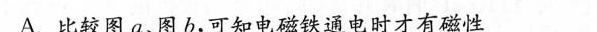
A.比较图a、图b，可知电磁铁通电时才有磁性